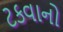
ટકવાનો